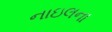
નાઇલના